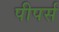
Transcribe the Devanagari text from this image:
पीपर्स